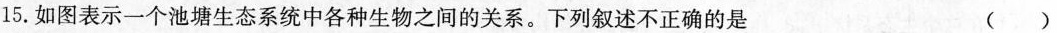
15.如图表示一个池塘生态系统中各种生物之间的关系。下列叙述不正确的是 ( )